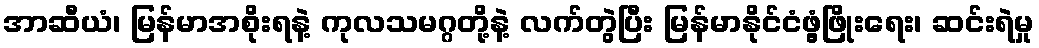
အာဆီယံ၊ မြန်မာအစိုးရနဲ့ ကုလသမဂ္ဂတို့နဲ့ လက်တွဲပြီး မြန်မာနိုင်ငံဖွံ့ဖြိုးရေး၊ ဆင်းရဲမှု